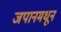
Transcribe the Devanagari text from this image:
जपानमधून